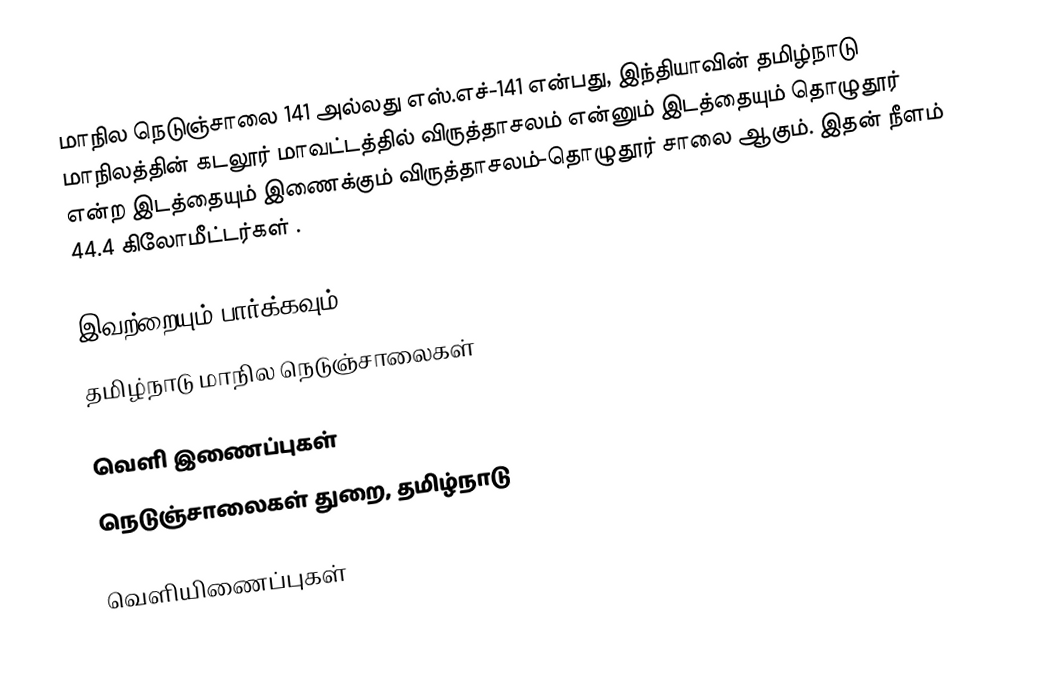
மாநில நெடுஞ்சாலை 141 அல்லது எஸ்.எச்-141 என்பது, இந்தியாவின் தமிழ்நாடு மாநிலத்தின் கடலூர் மாவட்டத்தில் விருத்தாசலம் என்னும் இடத்தையும் தொழுதூர் என்ற இடத்தையும் இணைக்கும் விருத்தாசலம்-தொழுதூர் சாலை ஆகும். இதன் நீளம் 44.4 கிலோமீட்டர்கள் .

இவற்றையும் பார்க்கவும்
  தமிழ்நாடு மாநில நெடுஞ்சாலைகள்

வெளி இணைப்புகள்
  நெடுஞ்சாலைகள் துறை, தமிழ்நாடு

வெளியிணைப்புகள்